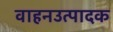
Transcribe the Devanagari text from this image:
वाहनउत्पादक